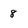
Character: 8